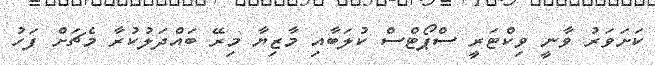
ކަށަވަރު ވާނީ ވިކްޓަރީ ސްޕޯޓްސް ކުލަބާއި މާޒިޔާ މިރޭ ބައްދަލުކުރާ މެޗަށް ފަހު